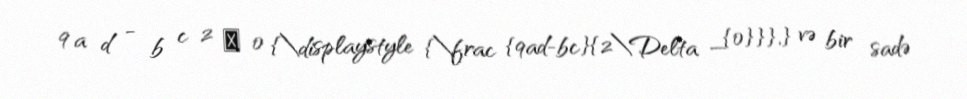
9 a d − b c 2 Δ 0 {\displaystyle {\frac {9ad-bc}{2\Delta _{0}}},} və bir sadə